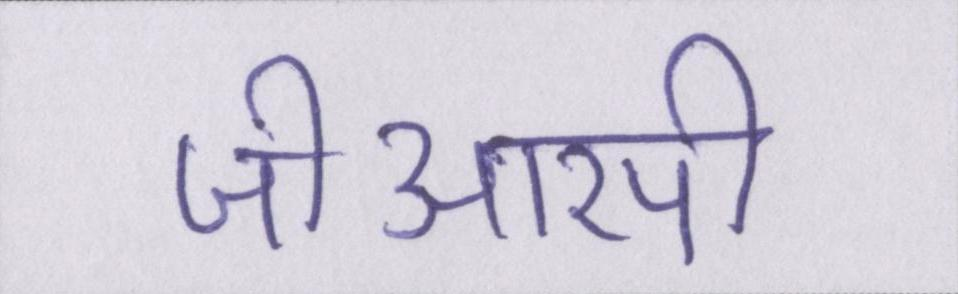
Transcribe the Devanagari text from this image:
जीआरपी